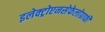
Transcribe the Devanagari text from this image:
इलेक्ट्रोएनसेफेलोग्राफी